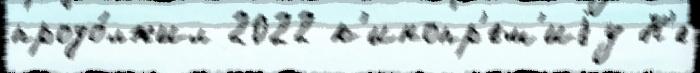
продо́лжил 2022 к'инопр'ем'иjу Н'е